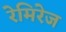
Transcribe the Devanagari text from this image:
रेमिरेज